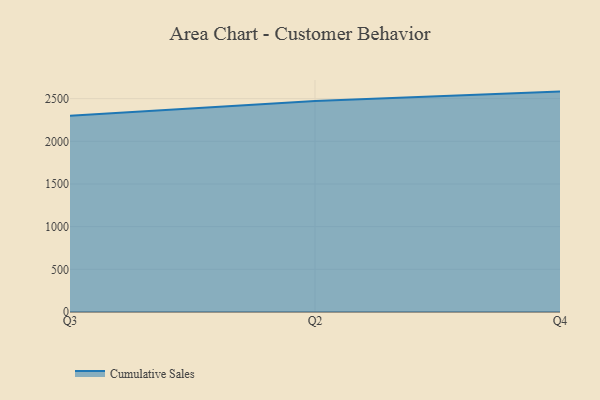
{"axis": {"x": "Quarter", "y": "Churn Rate (%)"}, "legend": ["Cumulative Sales"], "data": [{"x": "Q3", "y": 2300.7, "type": "Cumulative Sales"}, {"x": "Q2", "y": 2472.1, "type": "Cumulative Sales"}, {"x": "Q4", "y": 2582.8, "type": "Cumulative Sales"}]}